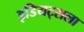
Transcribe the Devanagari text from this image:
इडियट्सला